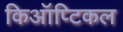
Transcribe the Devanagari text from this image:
किऑप्टिकल